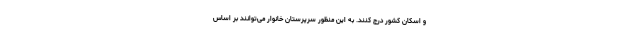
و اسکان کشور درج کنند. به این منظور سرپرستان خانوار می‌توانند بر اساس